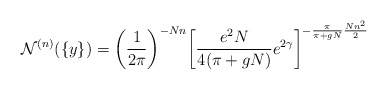
\begin{align*}{\cal N}^{(n)} (\{y\}) = \left( \frac{1}{2\pi} \right)^{-Nn} \!\left[\frac{e^2 N}{4 ( \pi +gN)} e^{2\gamma} \right]^{-\frac{\pi}{\pi + gN} \frac{Nn^2}{2}}\end{align*}